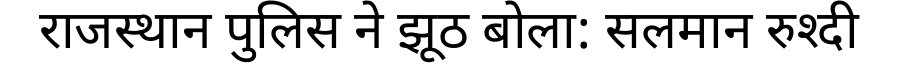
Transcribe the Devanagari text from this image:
राजस्थान पुलिस ने झूठ बोला: सलमान रुश्दी